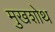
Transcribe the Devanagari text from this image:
मुखशोथ